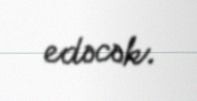
edəcək.